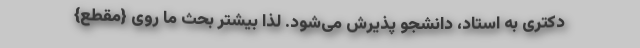
دکتری به استاد، دانشجو پذیرش می‌شود. لذا بیشتر بحث ما روی {مقطع}